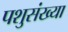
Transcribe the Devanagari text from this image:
पशुसंख्या